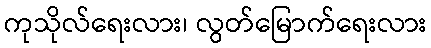
ကုသိုလ်ရေးလား၊ လွတ်မြောက်ရေးလား